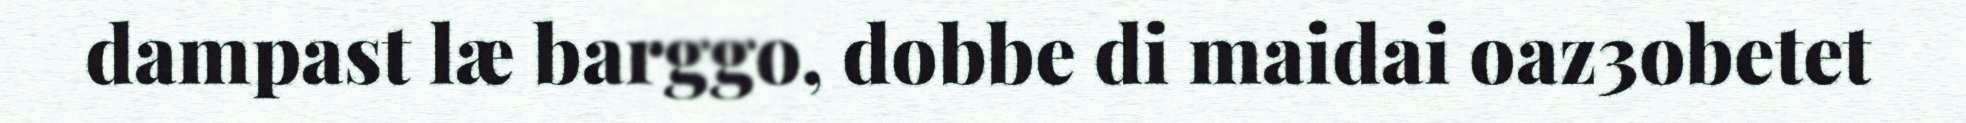
dampast læ barggo, dobbe di maidai oaz3obetet